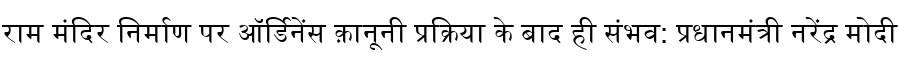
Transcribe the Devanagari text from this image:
राम मंदिर निर्माण पर ऑर्डिनेंस क़ानूनी प्रक्रिया के बाद ही संभव: प्रधानमंत्री नरेंद्र मोदी